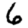
Digit: 6